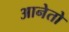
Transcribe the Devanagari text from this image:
आनेतो